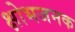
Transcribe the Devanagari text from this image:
क्षोभजनक